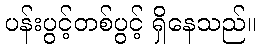
ပန်းပွင့်တစ်ပွင့် ရှိနေသည်။